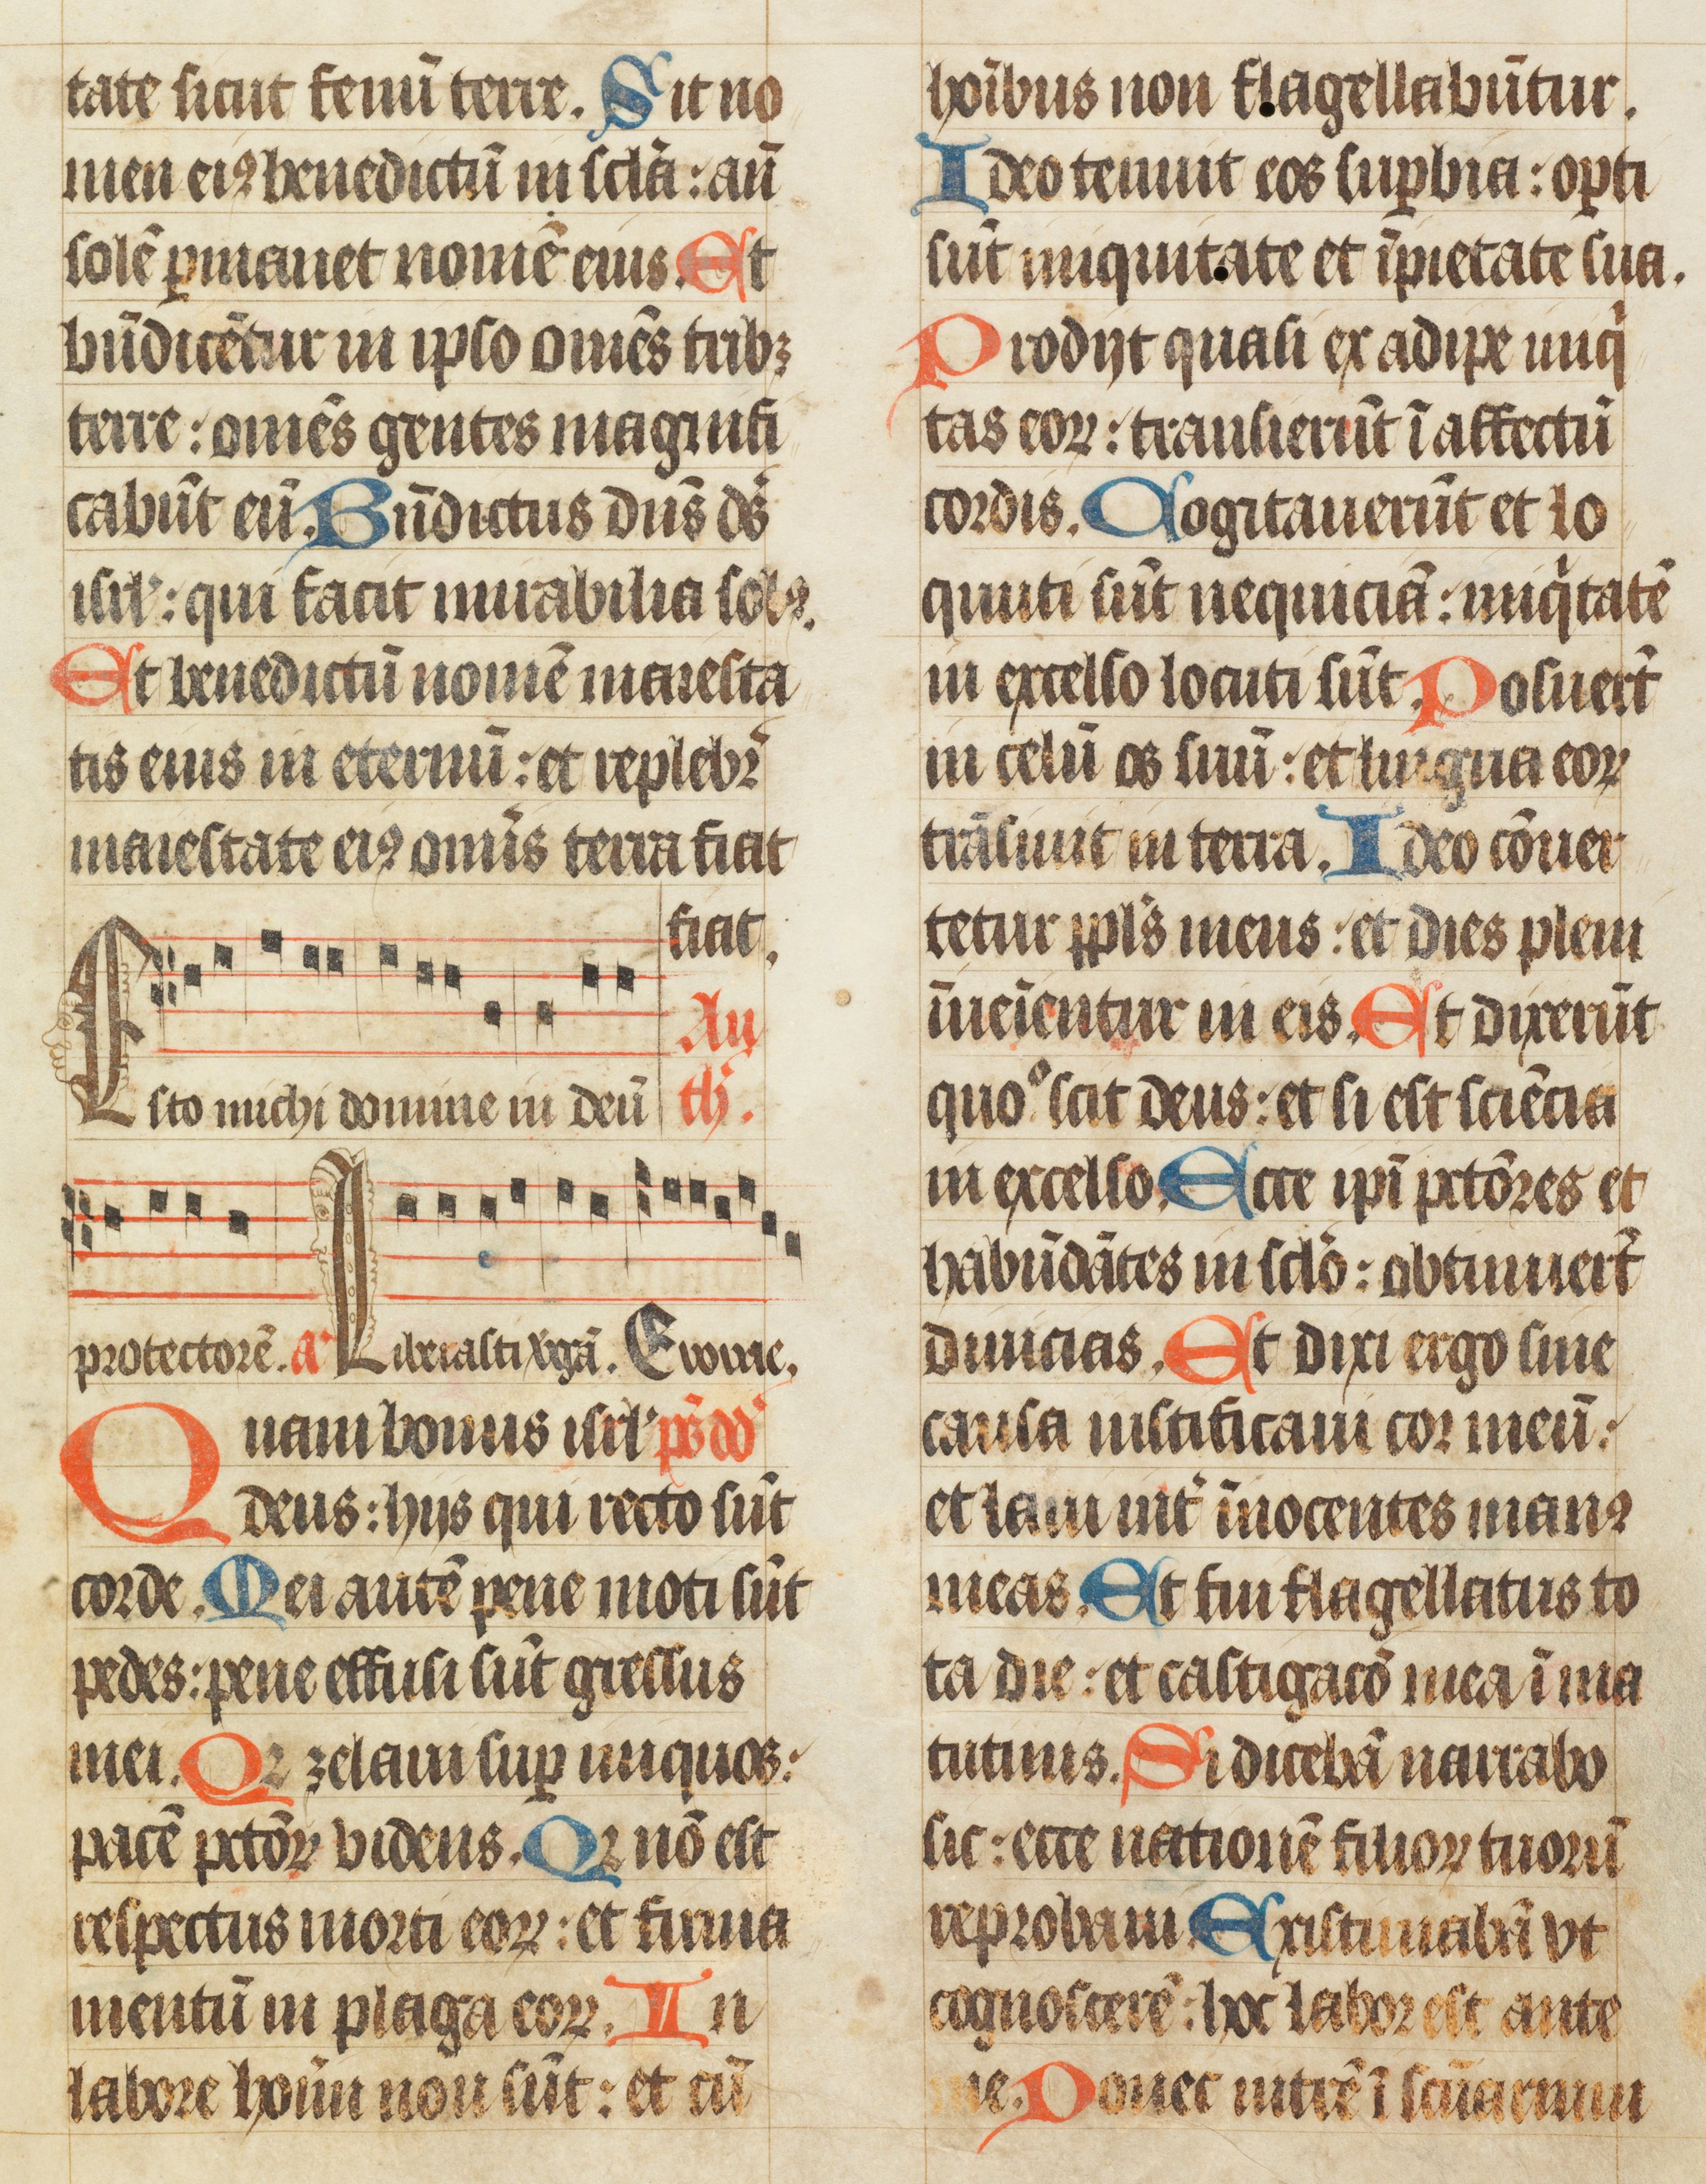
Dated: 1450–1499